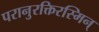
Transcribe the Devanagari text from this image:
परानुरक्तिरस्मिन्‌